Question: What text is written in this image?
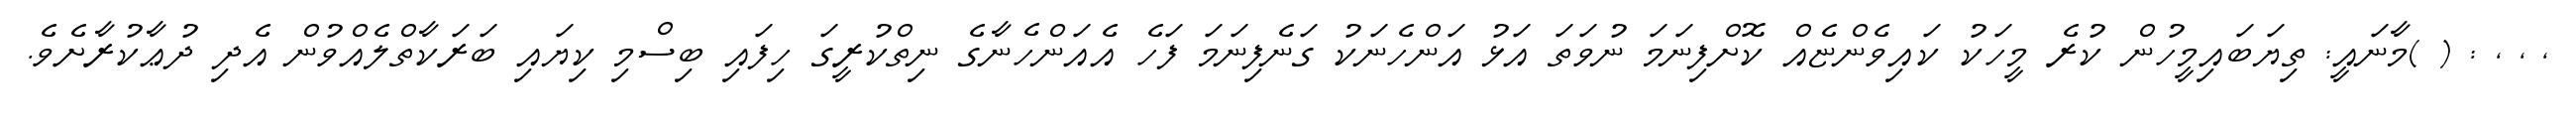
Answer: , , , : ( )މާނައީ: ތިޔަބައިމީހުން ކުރެ މީހަކު ކައިވެންޏެއް ކޮށްފިނަމަ ނުވަތަ އަޅު އަންހެނަކު ގަނެފިނަމަ ފަހެ އެއަންހެނާގެ ނިތްކުރީގަ ހިފައި ބިސްމި ކިޔައި ބަރަކާތްލެއްވުން އެދި ދުޢާކުރާށެވެ.